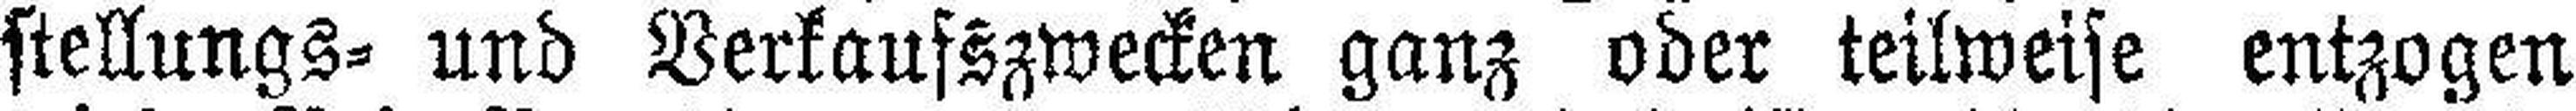
stellungs= und Verkaufszwecken ganz oder teilweise entzogen